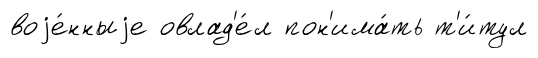
воjе́нныjе овлад'е́л пон'има́ть т'и́тул